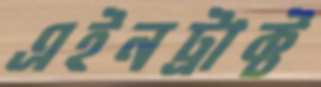
এইনট্রাক্ট